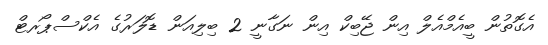
އެގޮތުން ބީއެމްއެލް އިން ޖޭބިކް އިން ނަގާނީ 2 ބިލިއަން ޑޮލަރުގެ އެކްސްޕޯރޓް